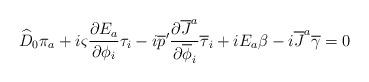
LaTeX: \begin{align*}\widehat{D}_0 \pi_a + i \varsigma{{\partial E_a}\over{\partial\phi_i}} \tau_i-i \overline{p}'{{\partial \overline{J}^a}\over{\partial\overline{\phi}_i}}\overline{\tau}_i+iE_a \beta -i \overline{J}^a \overline{\gamma} =0\end{align*}